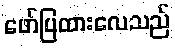
ဖော်ပြထားလေသည်